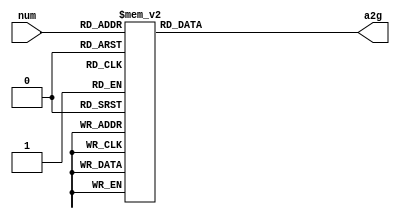
module wam_obd(             // 1-bit digital tube output
    input wire [3:0] num,
    output reg [6:0] a2g
    );

    always @(*) begin
        case(num)
            'h0: a2g=7'b0000001;
            'h1: a2g=7'b1001111;
            'h2: a2g=7'b0010010;
            'h3: a2g=7'b0000110;
            'h4: a2g=7'b1001100;
            'h5: a2g=7'b0100100;
            'h6: a2g=7'b0100000;
            'h7: a2g=7'b0001111;
            'h8: a2g=7'b0000000;
            'h9: a2g=7'b0000100;
            'hA: a2g=7'b1001000;        // use A for H
            'hB: a2g=7'b0011100;        // use B for higher o
            'hC: a2g=7'b0110001;
            'hD: a2g=7'b1000010;
            'hE: a2g=7'b0110000;
            'hF: a2g=7'b1111111;        // use F for blank
            default: a2g=7'b00000001;    // default is zero
        endcase
    end
endmodule